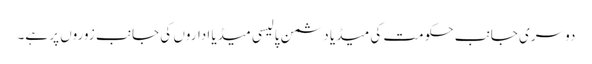
دوسری جانب حکومت کی میڈیا دشمن پالیسی میڈیا اداروں کی جانب زوروں پر ہے۔